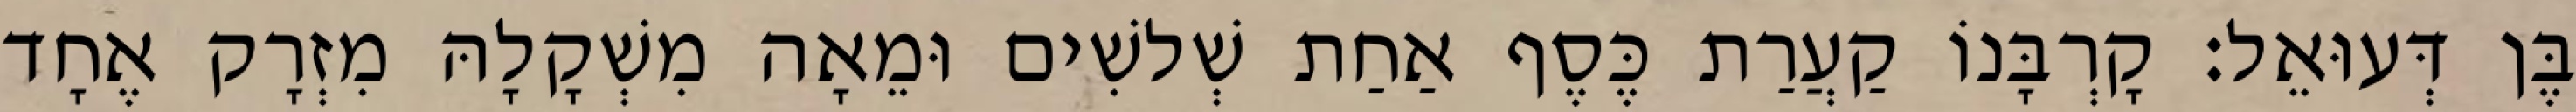
בֶּן דְּעוּאֵל׃ קָרְבָּנוֹ קַעֲרַת כֶּסֶף אַחַת שְׁלשִׁים וּמֵאָה מִשְׁקָלָהּ מִזְרָק אֶחָד